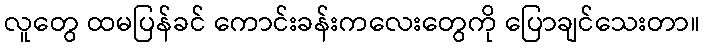
လူတွေ ထမပြန်ခင် ကောင်းခန်းကလေးတွေကို ပြောချင်သေးတာ။